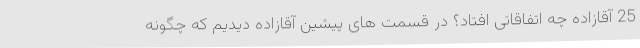
25 آقازاده چه اتفاقاتی افتاد؟ در قسمت های پیشین آقازاده دیدیم که چگونه